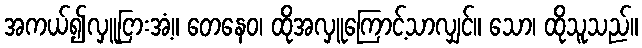
အကယ်၍လှူငြားအံ့။ တေနေဝ၊ ထိုအလှူကြောင့်သာလျှင်။ သော၊ ထိုသူသည်။